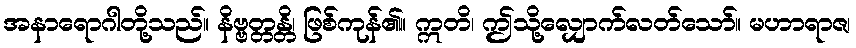
အနာရောဂါတို့သည်။ နိဗ္ဗတ္တန္တိ၊ ဖြစ်ကုန်၏။ ဣတိ၊ ဤသို့လျှောက်လတ်သော်။ မဟာရာဇ၊